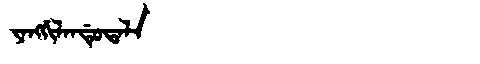
Manchu: ᠶᠠᠩᡤᡳᠯᠠᠨᡩᡠᡨᠠᠯᠠ
Romanization: YANGGILANDUTALA